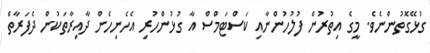
ގުޅޭގޮތުންނެވެ. މީގެ އިތުރުން ފުލުހުންނާއި ކަސްޓަމްސް އާ ގުޅުންހުރި އެހެނިހެން ދާއިރާތަކުން ދެފަރާތް